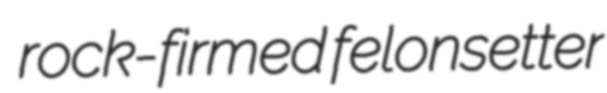
rock-firmed felonsetter